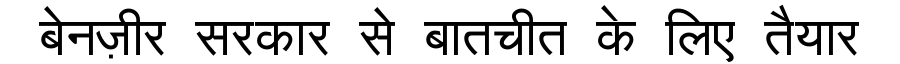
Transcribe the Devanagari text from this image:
बेनज़ीर सरकार से बातचीत के लिए तैयार